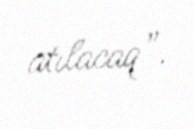
atılacaq”.